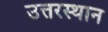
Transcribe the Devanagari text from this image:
उत्तरस्थान